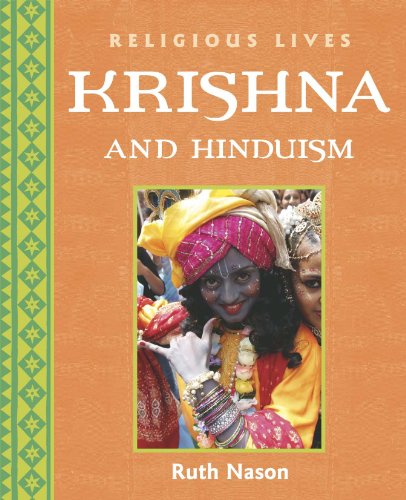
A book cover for Krishna and Hinduism (Religious Lives); Ruth Nason; Children's Books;